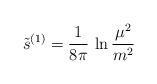
LaTeX: \begin{align*}\tilde s^{(1)} = {1\over 8\pi}\,\ln {\mu^2\over m^2}\end{align*}